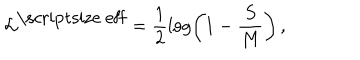
{ \cal L } ^ { \mathrm { \scriptsize ~ e f f } } = \frac 1 2 \log \left( 1 - \frac S M \right) \, ,